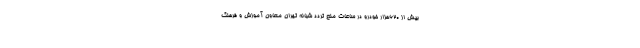
بیش از ۶۲۰هزار خودرو در ساعات منع تردد شبانه تهران معاون آموزش و فرهنگ